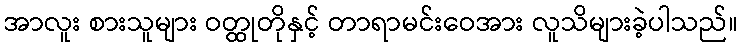
အာလူး စားသူများ ဝတ္ထုတိုနှင့် တာရာမင်းဝေအား လူသိများခဲ့ပါသည်။